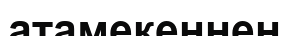
атамекеннен